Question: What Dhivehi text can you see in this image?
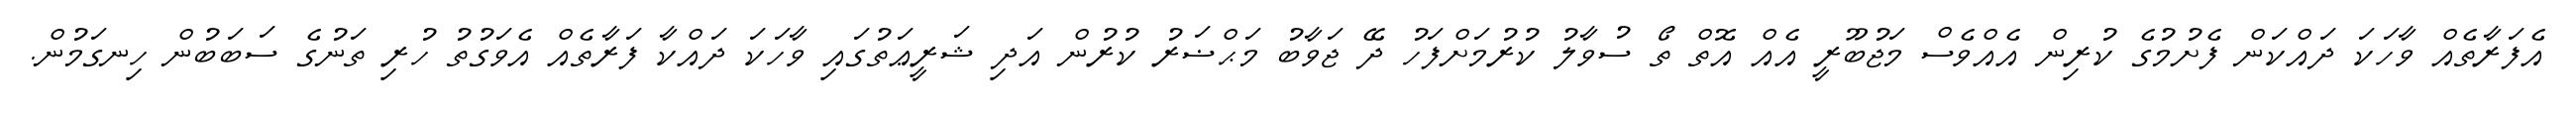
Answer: އެފަރާތެއް ވާހަކަ ދައްކަން ފެށުމުގެ ކުރިން އެއްވެސް މަޖުބޫރީ އެއް އޮތް ތޯ ސުވާލު ކުރުމަށްފަހު ދޭ ޖަވާބު މަޙްޟަރު ކުރުން އަދި ޝަރީޢަތުގައި ވާހަކަ ދައްކާ ފަރާތެއް އެވަގުތު ހުރި ތަނުގެ ސަބަބުން ހިނގަމުން.